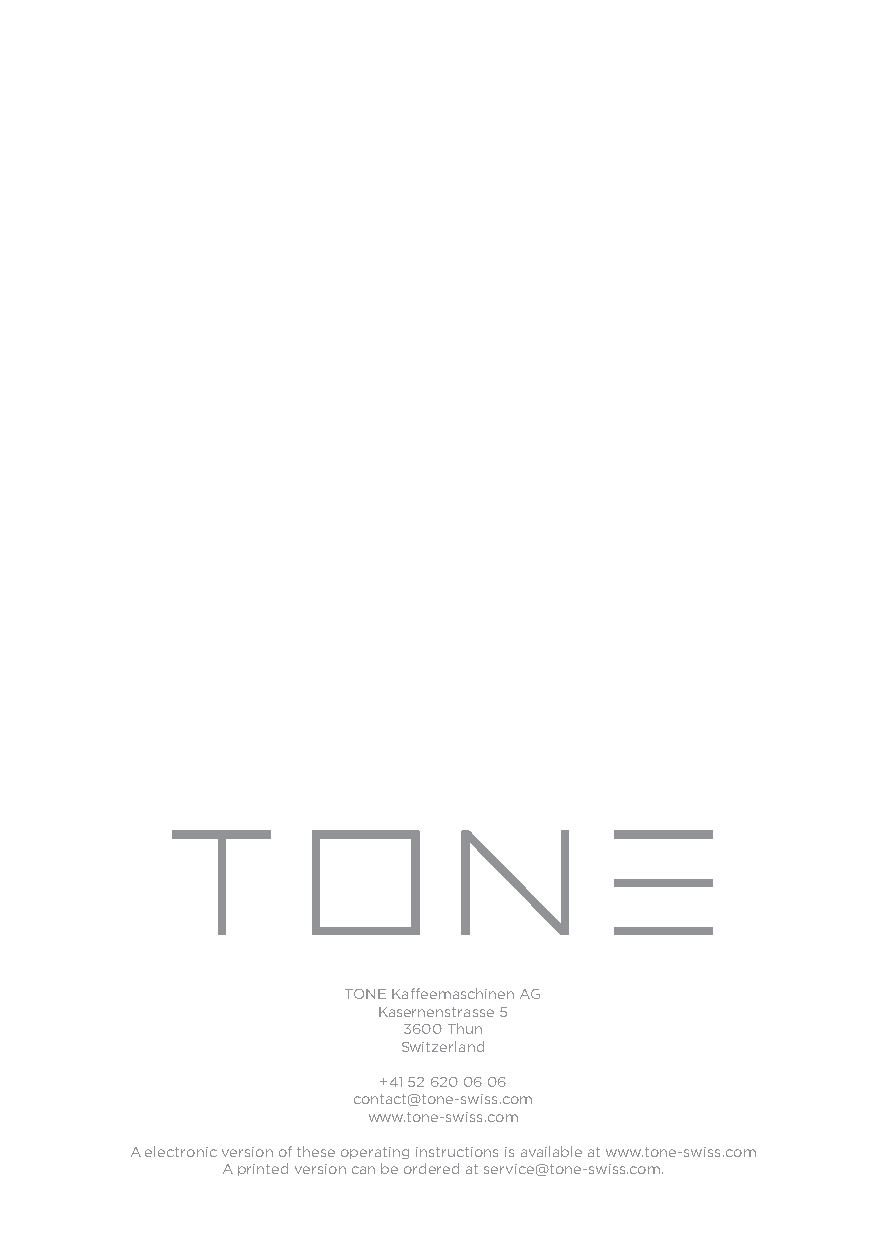
TONE Kaffeemaschinen AG
 Kasernenstrasse 5
 3600 Thun
 Switzerland
 +41 52 620 06 06
 contact@tone-swiss.com
 www.tone-swiss.com
 A electronic version of these operating instructions is available at www.tone-swiss.com
 A printed version can be ordered at service@tone-swiss.com.